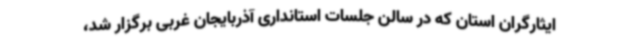
ایثارگران استان که در سالن جلسات استانداری آذربایجان غربی برگزار شد،